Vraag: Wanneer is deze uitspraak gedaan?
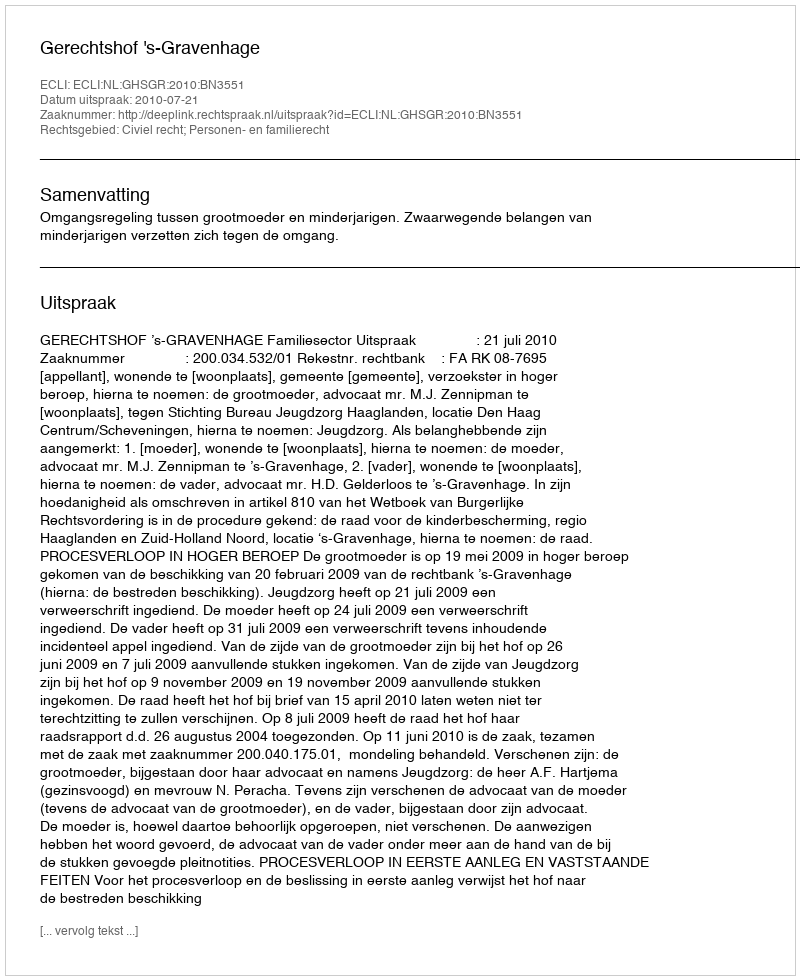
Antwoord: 2010-07-21